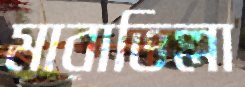
মারাভিল্লা